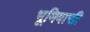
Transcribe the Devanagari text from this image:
भूमिवासी